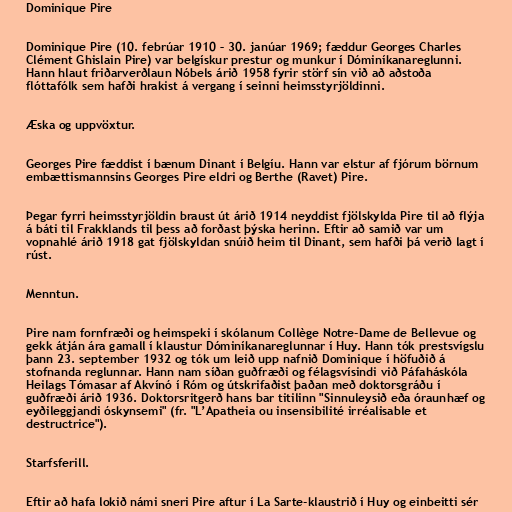
Dominique Pire

Dominique Pire (10. febrúar 1910 – 30. janúar 1969; fæddur Georges Charles
Clément Ghislain Pire) var belgískur prestur og munkur í Dóminíkanareglunni.
Hann hlaut friðarverðlaun Nóbels árið 1958 fyrir störf sín við að aðstoða
flóttafólk sem hafði hrakist á vergang í seinni heimsstyrjöldinni.

Æska og uppvöxtur.

Georges Pire fæddist í bænum Dinant í Belgíu. Hann var elstur af fjórum börnum
embættismannsins Georges Pire eldri og Berthe (Ravet) Pire.

Þegar fyrri heimsstyrjöldin braust út árið 1914 neyddist fjölskylda Pire til að flýja
á báti til Frakklands til þess að forðast þýska herinn. Eftir að samið var um
vopnahlé árið 1918 gat fjölskyldan snúið heim til Dinant, sem hafði þá verið lagt í
rúst.

Menntun.

Pire nam fornfræði og heimspeki í skólanum Collège Notre-Dame de Bellevue og
gekk átján ára gamall í klaustur Dóminíkanareglunnar í Huy. Hann tók prestsvígslu
þann 23. september 1932 og tók um leið upp nafnið Dominique í höfuðið á
stofnanda reglunnar. Hann nam síðan guðfræði og félagsvísindi við Páfaháskóla
Heilags Tómasar af Akvínó í Róm og útskrifaðist þaðan með doktorsgráðu í
guðfræði árið 1936. Doktorsritgerð hans bar titilinn "Sinnuleysið eða óraunhæf og
eyðileggjandi óskynsemi" (fr. "L’Apatheia ou insensibilité irréalisable et
destructrice").

Starfsferill.

Eftir að hafa lokið námi sneri Pire aftur í La Sarte-klaustrið í Huy og einbeitti sér